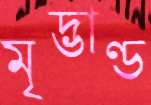
মৃদ্ভাণ্ড